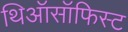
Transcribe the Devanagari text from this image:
थिऑसॉफिस्ट